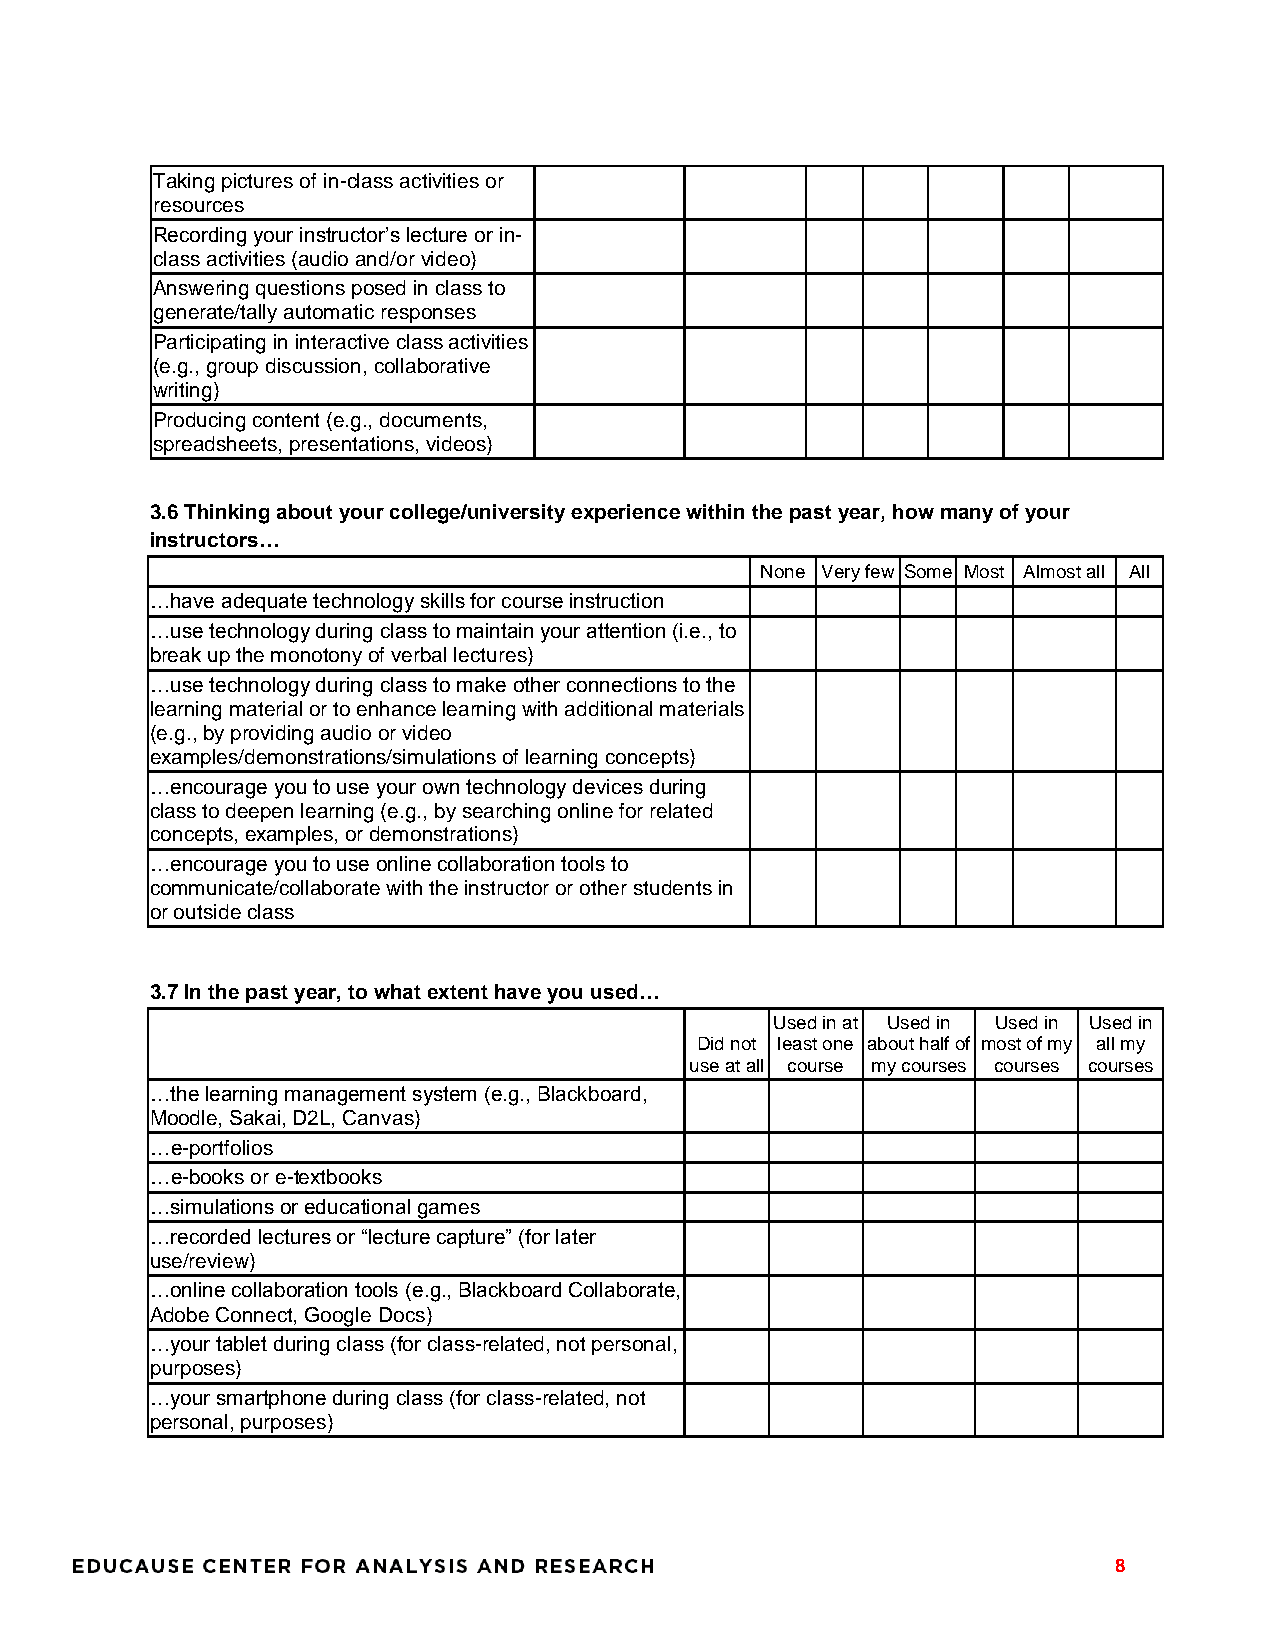
Taking pictures of in-class activities or
 resources
 Recording your instructor’s lecture or in-
 class activities (audio and/or video)
 Answering questions posed in class to
 generate/tally automatic responses
 Participating in interactive class activities
 (e.g., group discussion, collaborative
 writing)
 Producing content (e.g., documents,
 spreadsheets, presentations, videos)
 3.6 Thinking about your college/university experience within the past year, how many of your
 instructors…
 None Very few Some Most Almost all All
 …have adequate technology skills for course instruction
 …use technology during class to maintain your attention (i.e., to
 break up the monotony of verbal lectures)
 …use technology during class to make other connections to the
 learning material or to enhance learning with additional materials
 (e.g., by providing audio or video
 examples/demonstrations/simulations of learning concepts)
 …encourage you to use your own technology devices during
 class to deepen learning (e.g., by searching online for related
 concepts, examples, or demonstrations)
 …encourage you to use online collaboration tools to
 communicate/collaborate with the instructor or other students in
 or outside class
 3.7 In the past year, to what extent have you used…
 Used in at Used in Used in Used in
 Did not least one about half of most of my all my
 use at all course my courses courses courses
 …the learning management system (e.g., Blackboard,
 Moodle, Sakai, D2L, Canvas)
 …e-portfolios
 …e-books or e-textbooks
 …simulations or educational games
 …recorded lectures or “lecture capture” (for later
 use/review)
 …online collaboration tools (e.g., Blackboard Collaborate,
 Adobe Connect, Google Docs)
 …your tablet during class (for class-related, not personal,
 purposes)
 …your smartphone during class (for class-related, not
 personal, purposes)
 8